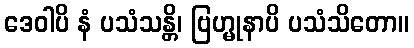
ဒေဝါပိ နံ ပသံသန္တိ၊ ဗြဟ္မုနာပိ ပသံသိတော။